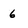
Character: 6